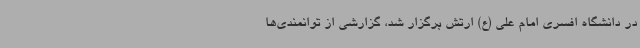
در دانشگاه افسری امام علی (ع) ارتش برگزار شد، گزارشی از توانمندی‌ها